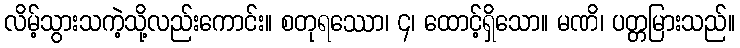
လိမ့်သွားသကဲ့သို့လည်းကောင်း။ စတုရဿော၊ ၄၊ ထောင့်ရှိသော။ မဏိ၊ ပတ္တမြားသည်။